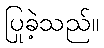
ပြုခဲ့သည်။